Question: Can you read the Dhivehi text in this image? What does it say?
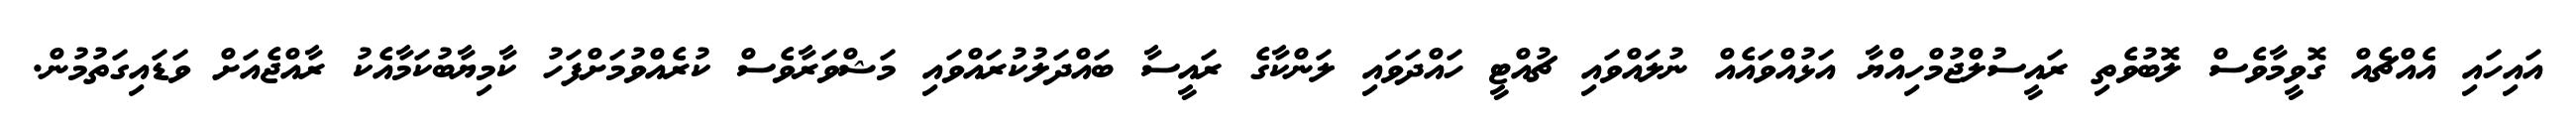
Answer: އައިހައި އެއްޗެއް ގޮވީމާވެސް ލޮބުވެތި ރައީސުލްޖުމްހިއްޔާ އަޅުއްވައެއް ނުލައްވައި ޗުއްޓީ ހައްދަވައި ލަންކާގެ ރައީސާ ބައްދަލުކުރައްވައި މަޝްވަރާވެސް ކުރެއްވުމަށްފަހު ކާމިޔާބުކަމާއެކު ރާއްޖެއަށް ވަޑައިގަތުމުން.